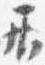
居